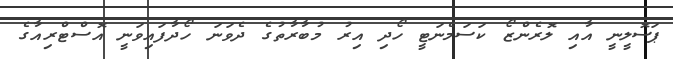
ޕަސޮލީނީ އާއި ލޮރެންޒޯ ކަސަމެނަޓީ ހޯދި އިރު މުބާރާތުގެ ދެވަނަ ހޯދާފައިވަނީ އޮސްޓްރިއާގެ